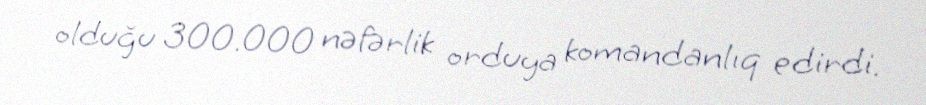
olduğu 300.000 nəfərlik orduya komandanlıq edirdi.